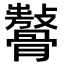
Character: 𩪨